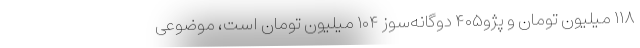
۱۱۸ میلیون تومان و پژو۴۰۵ دوگانه‌سوز ۱۰۴ میلیون تومان است، موضوعی